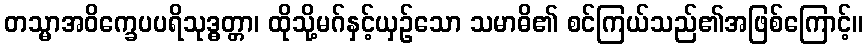
တသ္မာအဝိက္ခေပပရိသုဒ္ဓတ္တာ၊ ထိုသို့မဂ်နှင့်ယှဉ်သော သမာဓိ၏ စင်ကြယ်သည်၏အဖြစ်ကြောင့်။